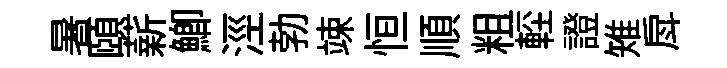
暑頤薪鯽涇勃竦恒順粗䡖證雉戽